Insane asylums in Bengal annual reports 1876-1887 - 1876-1887
Year: 1876
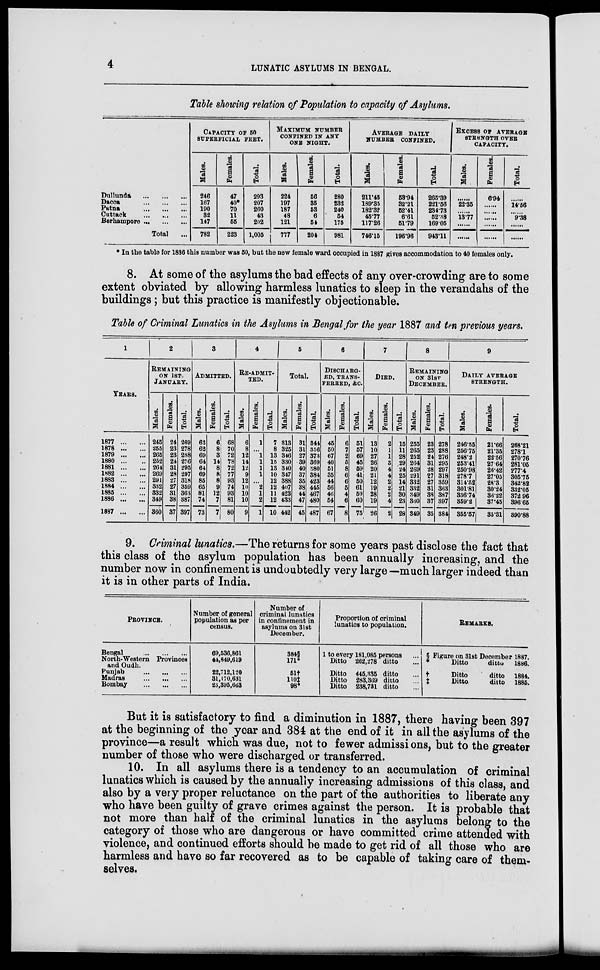
4
LUNATIC ASYLUMS IN BENGAL.
Table showing relation of Population to capacity of Asylums.
Dullunda
...
...
...
Dacca
...
...
...
Patna
...
...
...
Cuttack
...
...
...
Berhampore ... ... ...
Total ...
CAPACITY OF 50
SUPERFICIAL FEET.
Males.
246
167
190
32
147
782
Females.
47
40*
70
11
55
223
Total.
293
207
260
43
202
1,005
MAXIMUM NUMBER
CONFINED IN ANY
ONE NIGHT.
Males.
224
197
187
48
121
777
Females.
56
35
53
6
54
204
Total.
280
232
240
54
175
981
AVERAGE DAILY
NUMBER CONFINED.
Males.
211.45
189.35
182.32
45.77
117.26
746.15
Females.
53.94
32.21
52.41
6.6l
51.79
196.96
Total.
265.39
221.56
234.73
52.38
169.05
943.11
EXCESS OF AVERAGE
STRENGTH OVER
CAPACITY.
Males.
......
22.35
......
13.77
......
......
Females.
6.04
......
......
......
......
......
Total.
......
14.56
......
9.38
......
* In the table for 1886 this number was 50, but the new female ward occupied in 1887 gives accommodation to 40 females only.
8. At some of the asylums the bad effects of any over-crowding are to some
extent obviated by allowing harmless lunatics to sleep in the verandahs of the
buildings; but this practice is manifestly objectionable.
Table of Criminal Lunatics in the Asylums in Bengal for the year 1887 and ten previous years.
1
YEARS.
1877 ... ...
1878 ... ...
1879 ... ...
1880 ... ...
1881 ... ...
1882 ... ...
1883 ... ...
1884 ... ...
1885 ... ...
1886 ... ...
1887 ... ...
2
REMAINING
ON 1ST.
JANUARY.
Males.
245
255
265
252
264
269
291
332
332
349
360
Females.
24
23
23
24
31
28
27
27
31
38
37
Total.
269
278
288
276
295
297
318
359
363
387
397
3
ADMITTED.
Males.
62
62
69
64
64
69
85
65
81
74
73
Females.
6
8
3
14
8
8
8
9
12
7
7
Total.
68
70
72
78
72
77
93
74
93
81
80
4
RE-ADMIT-
TED.
Males.
6
8
12
14
12
9
12
10
10
10
9
Females.
1
...
1
1
1
1
...
2
1
2
1
Total.
7
8
13
15
13
10
12
12
11
12
10
5
Total.
Males.
313
325
346
330
340
347
388
407
423
433
442
Females.
31
31
27
39
40
37
35
38
44
47
45
Total.
344
356
373
369
380
384
423
445
467
480
487
6
DISCHARG-
--, TRANS-
FERRED, &C.
Males.
45
50
67
40
51
35
44
56
46
54
67
Females.
6
7
2
5
8
6
6
5
4
6
8
Total.
51
57
69
45
59
41
50
61
50
60
75
7
DIED.
Males.
13
10
27
26
20
21
12
19
28
19
26
Females.
2
1
1
3
4
4
2
2
2
4
2
Total.
15
11
28
29
24
25
14
21
30
23
28
8
REMAINING
ON 31ST
DECEMBER.
Males.
255
265
252
264
269
291
332
332
349
360
349
Females.
23
23
24
31
28
27
27
31
38
37
35
Total.
278
288
276
295
297
318
359
363
387
397
384
9
DAILY AVERAGE
STRENGTH.
Males.
246.55
256.75
248.2
253.41
250.98
278.7
314.52
301.81
336.74
359.2
355.57
Females.
21.66
21.35
22.56
27 64
26.42
27.05
28.3
30.24
36.22
37.45
35.31
Total.
268.21
278.1
270.76
281.06
277.4
305.75
342.82
332.05
372.96
396.65
390.88
9. Criminal lunatics.—The returns for some years past disclose the fact that
this class of the asylum population has been annually increasing, and the
number now in confinement is undoubtedly very large—much larger indeed than
it is in other parts of India.
PROVINCE.
Bengal
...
...
...
North-Western
Province.
and Oudh.
Punjab
...
...
...
Madras
...
...
...
Bombay
...
...
...
Number of general
population as per
census.
69,536,861
44,849,619
22,712,120
31,170,631
23,395,663
Number of
criminal lunatics
in confinement in
asylums on 31st
December.
384§
171*
51†
110‡ 98*
Proportion of criminal
lunatics to population.
1 to every 181,085 persons ...
Ditto 242,278 ditto ...
Ditto
445,335 ditto ...
Ditto 283,369 ditto ...
Ditto 238,731 ditto ...
REMARKS.
§ Figure on 31st December 1887.
*
Ditto
ditto 1886.
†
Ditto
ditto 1884.
‡
Ditto
ditto 1885.
But it is satisfactory to find a diminution in 1887, there having been 397
at the beginning of the year and 384 at the end of it in all the asylums of the
province—a result which was due, not to fewer admissions, but to the greater
number of those who were discharged or transferred.
10. In all asylums there is a tendency to an accumulation of criminal
lunatics which is caused by the annually increasing admissions of this class, and
also by a very proper reluctance on the part of the authorities to liberate any
who have been guilty of grave crimes against the person. It is probable that
not more than half of the criminal lunatics in the asylums belong to the
category of those who are dangerous or have committed crime attended with
violence, and continued efforts should be made to get rid of all those who are
harmless and have so far recovered as to be capable of taking care of them-
selves.